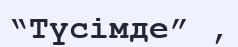
“Түсімде” ,